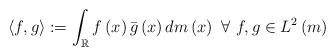
LaTeX: \begin{align*}\left\langle f,g\right\rangle :=\int_{\mathbb{R}}f\left( x\right) \bar{g}\left( x\right) dm\left( x\right) ~\forall~f,g\in L^{2}\left(m\right) \end{align*}